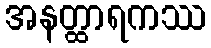
အနတ္ထာရကဿ